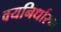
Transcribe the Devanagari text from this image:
वयनिर्धारण